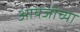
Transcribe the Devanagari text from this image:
आयजीच्या